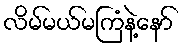
လိမ်မယ်မကြံနဲ့နော်